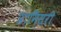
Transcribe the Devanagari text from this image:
प्रामिसरी